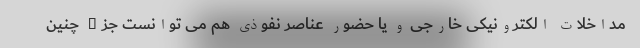
مداخلات الکترونیکی خارجی و یا حضور عناصر نفوذی هم می توانست جزء چنین